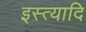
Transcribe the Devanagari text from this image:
इस्त्यादि